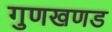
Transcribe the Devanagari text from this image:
गुणखणड